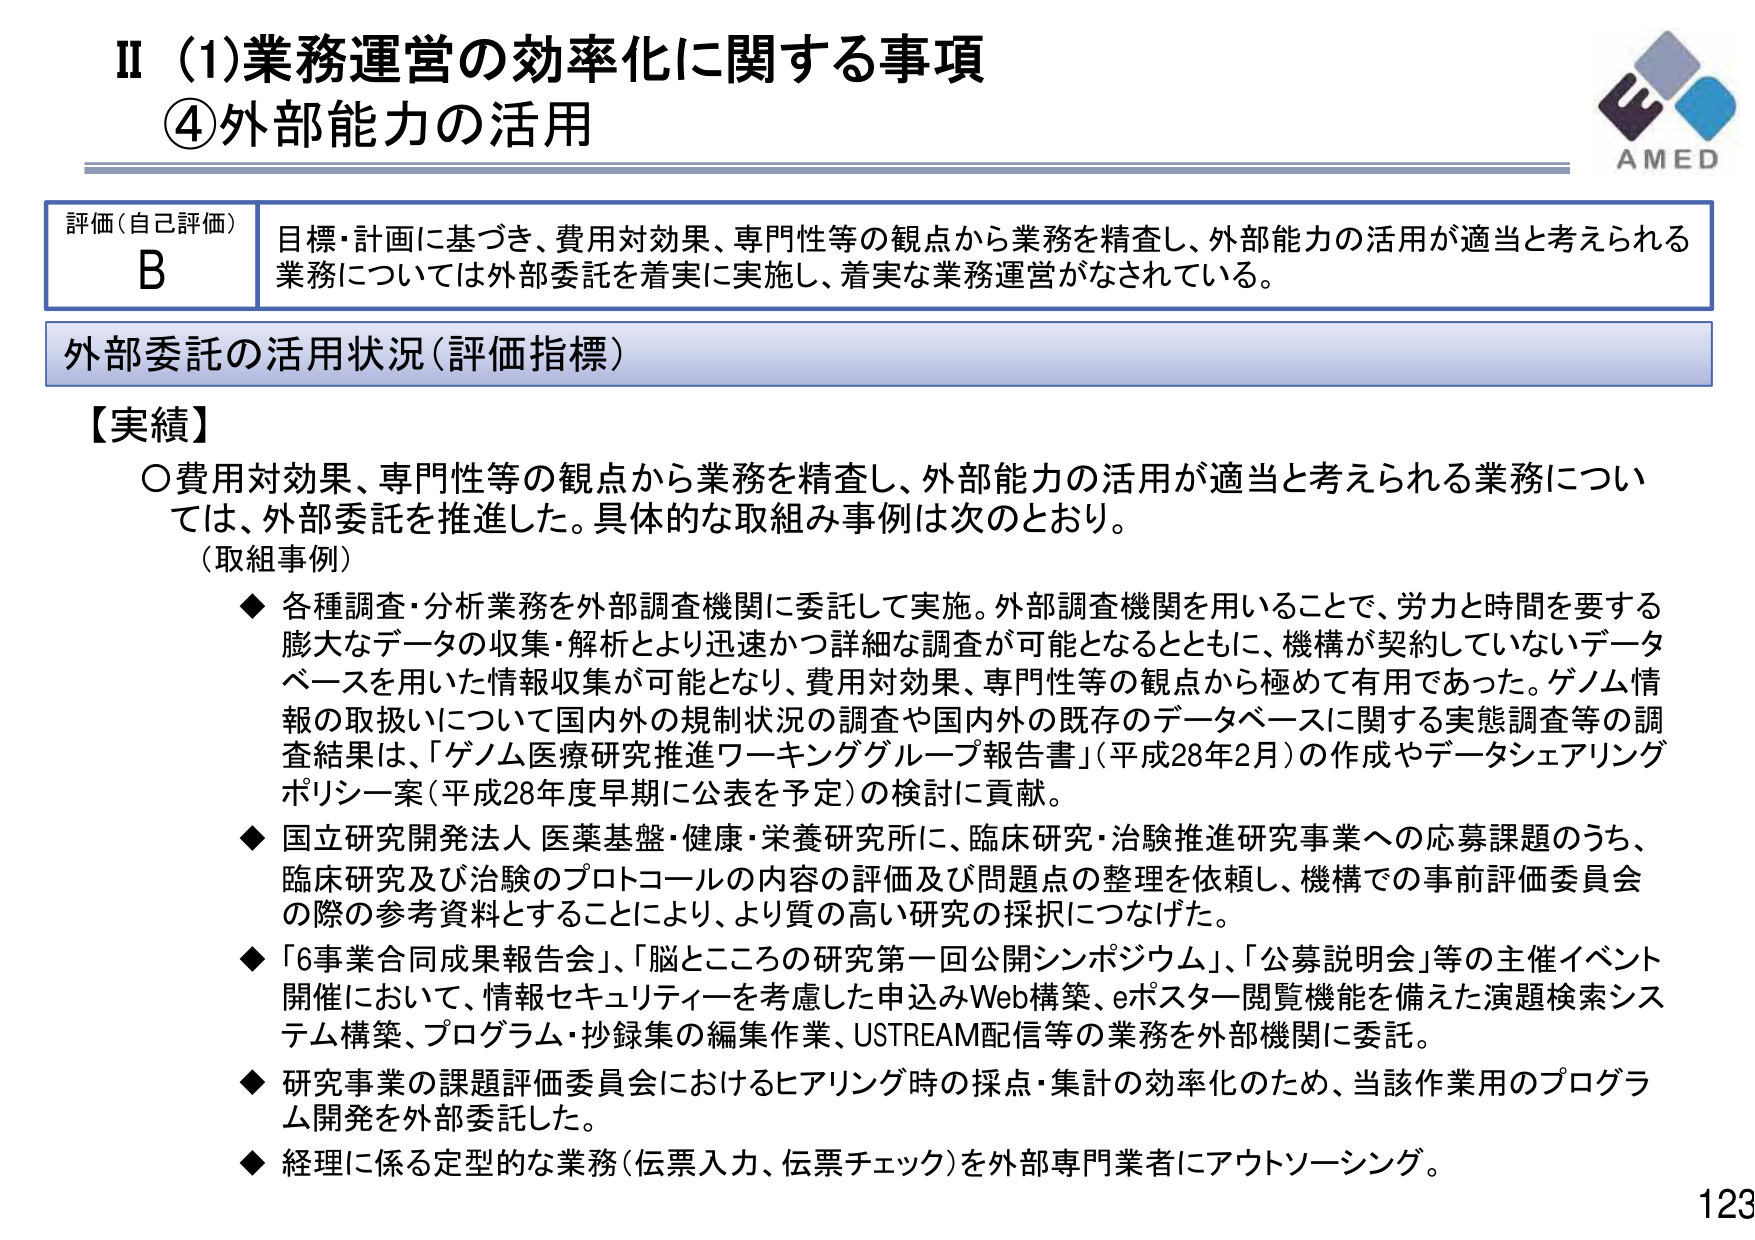
Ⅱ（1）業務運営の効率化に関する事項
④外部能力の活用

評価（自己評価）
B
目標・計画に基づき、費用対効果、専門性等の観点から業務を精査し、外部能力の活用が適当と考えられる業務については外部委託を着実に実施し、着実な業務運営がなされている。

外部委託の活用状況（評価指標）

【実績】
○費用対効果、専門性等の観点から業務を精査し、外部能力の活用が適当と考えられる業務については、外部委託を推進した。具体的な取組み事例は次のとおり。
（取組事例）
◆ 各種調査・分析業務を外部調査機関に委託して実施。外部調査機関を用いることで、労力と時間を要する膨大なデータの収集・解析とより迅速かつ詳細な調査が可能となるとともに、機構が契約していないデータベースを用いた情報収集が可能となり、費用対効果、専門性等の観点から極めて有用であった。ゲノム情報の取扱いについて国内外の規制状況の調査や国内外の既存のデータベースに関する実態調査等の調査結果は、「ゲノム医療研究推進ワーキンググループ報告書」（平成28年2月）の作成やデータシェアリングポリシー案（平成28年度早期に公表を予定）の検討に貢献。
◆ 国立研究開発法人 医薬基盤・健康・栄養研究所に、臨床研究・治験推進研究事業への応募課題のうち、臨床研究及び治験のプロトコールの内容の評価及び問題点の整理を依頼し、機構での事前評価委員会の際の参考資料とすることにより、より質の高い研究の採択につなげた。
◆ 「6事業合同成果報告会」、「脳とこころの研究第一回公開シンポジウム」、「公募説明会」等の主催イベント開催において、情報セキュリティを考慮した申込みWeb構築、eポスター閲覧機能を備えた演題検索システム構築、プログラム・抄録集の編集作業、USTREAM配信等の業務を外部機関に委託。
◆ 研究事業の課題評価委員会におけるヒアリング時の採点・集計の効率化のため、当該作業用のプログラム開発を外部委託した。
◆ 経理に係る定型的な業務（伝票入力、伝票チェック）を外部専門業者にアウトソーシング。

AMED
123